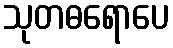
သုတဓရောပေ